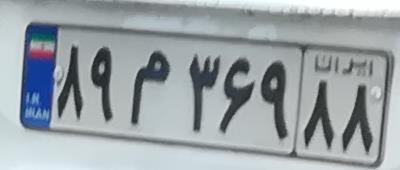
۸۹م۳۶۹۸۸